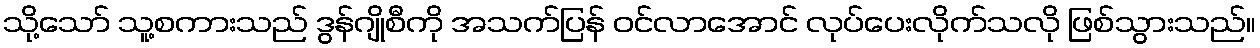
သို့သော် သူ့စကားသည် ဒွန်ဂျိုစီကို အသက်ပြန် ဝင်လာအောင် လုပ်ပေးလိုက်သလို ဖြစ်သွားသည်။